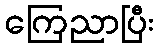
ကြေညာပြီး